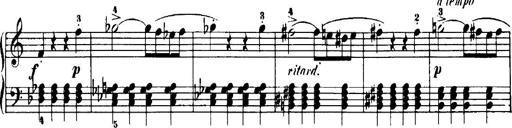
Title: 7 Sonatinas
Composer: Anton Diabelli